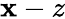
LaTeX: \mathbf{x}-z